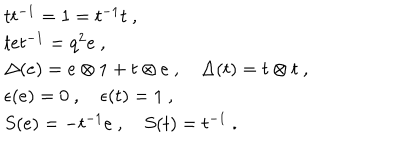
LaTeX: \begin{array} { r c l } { { } } & { { } } & { { t t ^ { - 1 } = 1 = t ^ { - 1 } t ~ , } } \\ { { } } & { { } } & { { t e t ^ { - 1 } = q ^ { 2 } e ~ , } } \\ { { } } & { { } } & { { \Delta ( e ) = e \otimes 1 + t \otimes e ~ , ~ \Delta ( t ) = t \otimes t ~ , } } \\ { { } } & { { } } & { { \epsilon ( e ) = 0 ~ , ~ \epsilon ( t ) = 1 ~ , } } \\ { { } } & { { } } & { { S ( e ) = - t ^ { - 1 } e ~ , ~ S ( t ) = t ^ { - 1 } ~ . } } \\ \end{array}